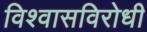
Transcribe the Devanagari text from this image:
विश्वासविरोधी